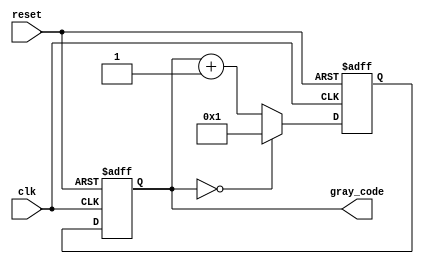
module gray_code_ring_counter (
    input wire clk,
    input wire reset,
    output reg [3:0] gray_code
);

reg [3:0] next_gray_code;

always @(posedge clk or posedge reset) begin
    if (reset) begin
        gray_code <= 4'b0000;
    end else begin
        gray_code <= next_gray_code;
    end
end

always @(posedge clk or posedge reset) begin
    if (reset) begin
        next_gray_code <= 4'b0001;
    end else if (gray_code == 4'b0000) begin
        next_gray_code <= 4'b0001;
    end else begin
        next_gray_code <= gray_code + 1;
    end
end

endmodule